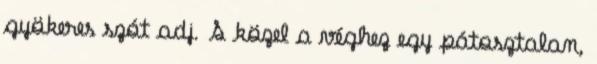
gyökeres szót adj. S közel a véghez egy pátosztalan,